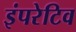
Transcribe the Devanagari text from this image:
इंपरेटिव